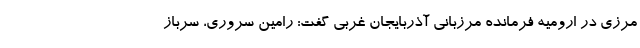
مرزی در ارومیه فرمانده مرزبانی آذربایجان غربی گفت: رامین سروری، سرباز